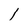
Character: 1